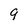
Character: 9